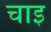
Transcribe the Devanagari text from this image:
चाइ